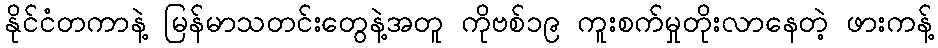
နိုင်ငံတကာနဲ့ မြန်မာသတင်းတွေနဲ့အတူ ကိုဗစ်၁၉ ကူးစက်မှုတိုးလာနေတဲ့ ဖားကန့်